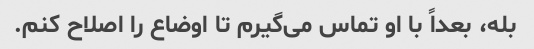
بله، بعداً با او تماس می‌گیرم تا اوضاع را اصلاح کنم.